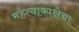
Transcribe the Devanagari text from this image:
महत्वाकांक्षेचा